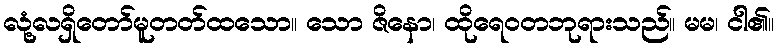
လုံ့လရှိတော်မူတတ်ထသော။ သော ဇိနော၊ ထိုရေဝတဘုရားသည်။ မမ၊ ငါ၏။